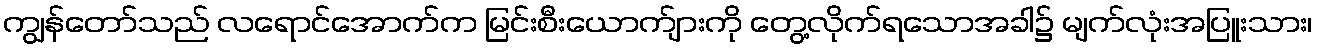
ကျွန်တော်သည် လရောင်အောက်က မြင်းစီးယောက်ျားကို တွေ့လိုက်ရသောအခါ၌ မျက်လုံးအပြူးသား၊